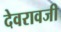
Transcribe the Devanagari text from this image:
देवरावजी